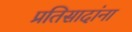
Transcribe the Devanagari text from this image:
प्रतिसादांना